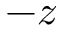
- z